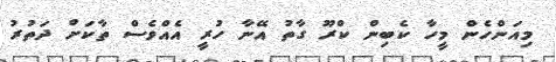
މިއަންހެން މީހާ ކެބިން ކްރޫ ގާތު އޭނާ ހުރީ އެއްވެސް ތާކަށް ދަތުރު